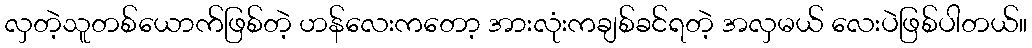
လှတဲ့သူတစ်ယောက်ဖြစ်တဲ့ ဟန်လေးကတော့ အားလုံးကချစ်ခင်ရတဲ့ အလှမယ် လေးပဲဖြစ်ပါတယ်။